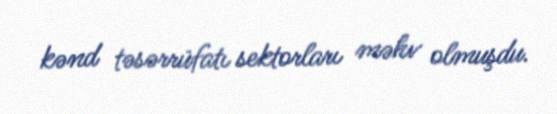
kənd təsərrüfatı sektorları məhv olmuşdu.